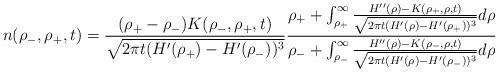
LaTeX: \begin{align*}n(\rho_{-},\rho_{+},t)=\frac{(\rho_{+}-\rho_{-})K(\rho_{-},\rho_{+},t)}{\sqrt{2\pi t (H'(\rho_{+})-H'(\rho_{-}))^3}} \frac{\rho_{+}+\int_{\rho_{+}}^{\infty} \frac{H''(\rho)-K(\rho_{+},\rho,t)}{\sqrt{2\pi t (H'(\rho)-H'(\rho_{+}))^3}}d\rho}{\rho_{-}+\int_{\rho_{-}}^{\infty} \frac{H''(\rho)-K(\rho_{-},\rho,t)}{\sqrt{2\pi t (H'(\rho)-H'(\rho_{-}))^3}}d\rho}\end{align*}